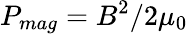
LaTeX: P_{mag}=B^{2}/2\mu_{0}